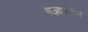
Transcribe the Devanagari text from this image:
बज़ासॉन